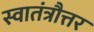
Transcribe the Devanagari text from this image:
स्वातंत्रौत्तर